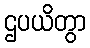
ဌပယိတွာ